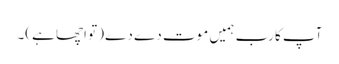
آپ کا رب ہمیں موت دے دے (تو اچھا ہے)۔